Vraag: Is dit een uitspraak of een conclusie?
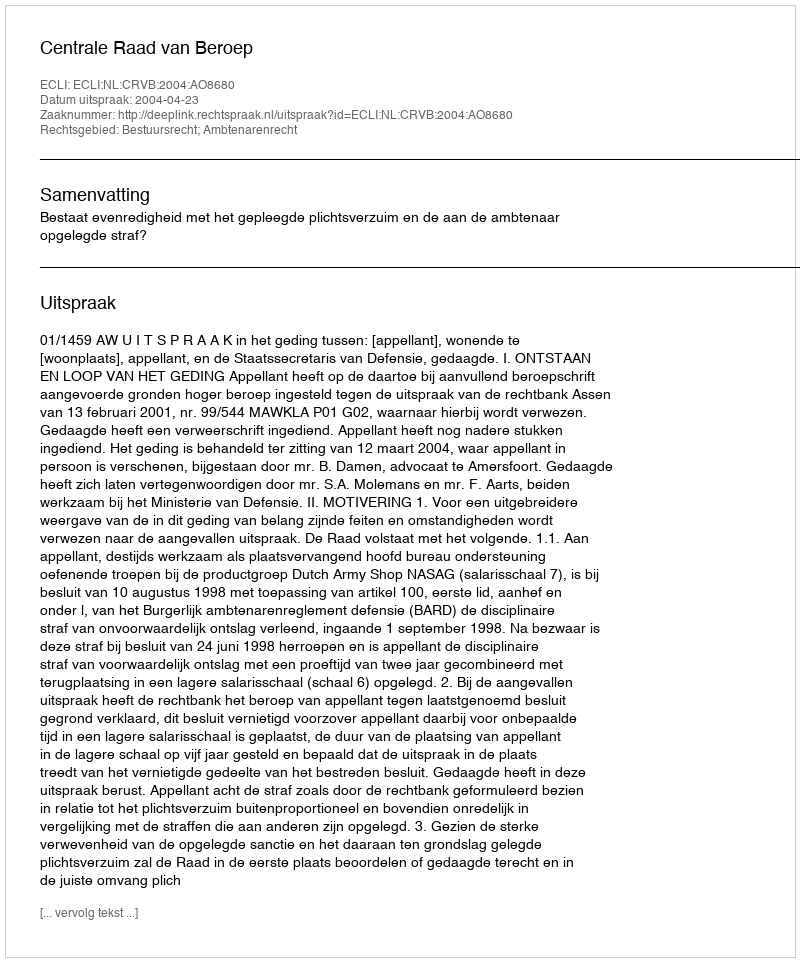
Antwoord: Uitspraak